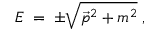
E \; = \; \pm \sqrt { \vec { p } ^ { 2 } + m ^ { 2 } } \; ,